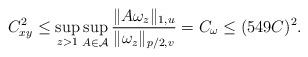
LaTeX: \begin{align*}C_{xy}^2\le\sup_{z>1}\sup_{A\in\mathcal A}\frac{\|A\omega_z\|_{1,u}}{\|\omega_z\|_{p/2,v}}=C_\omega\le(549C)^2.\end{align*}